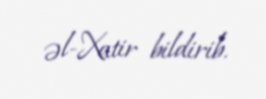
əl-Xatir bildirib.